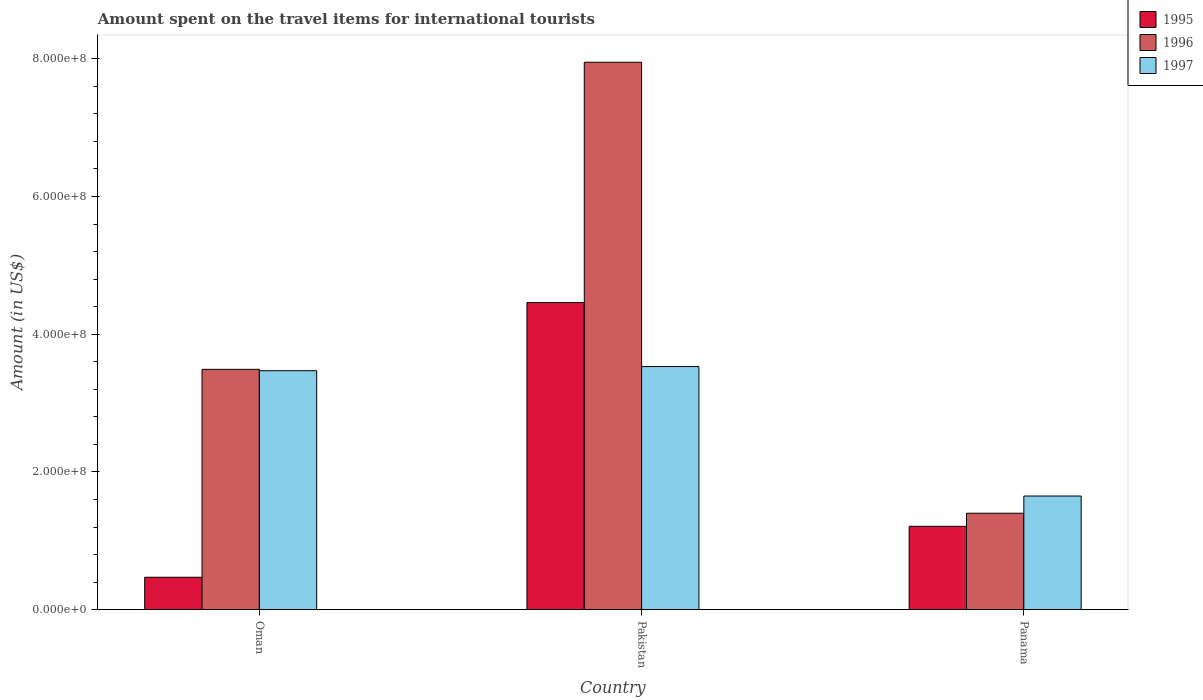
| Country | 1995 | 1996 | 1997 |
 | --- | --- | --- | --- |
 | Oman | 4.7e+07 | 3.49e+08 | 3.47e+08 |
 | Pakistan | 4.46e+08 | 7.95e+08 | 3.53e+08 |
 | Panama | 1.21e+08 | 1.4e+08 | 1.65e+08 |